Report of the Hyderabad Chloroform Commission
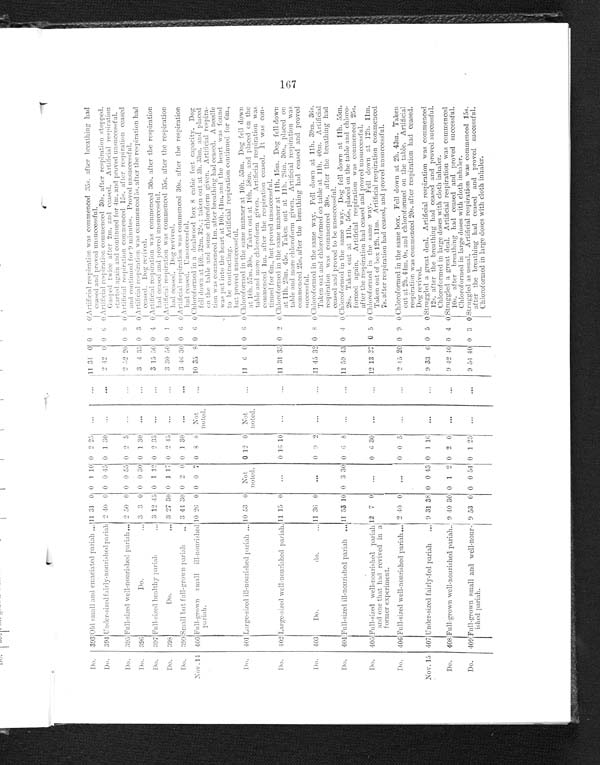
Do.
393
Old small and emaciated pariah . . . 11 31 0 0 1 10 0 2 25
. . .
. . .
11 34 0 0 4 0 Artificial respiration was commenced 35s. after breathing had
ceased and proved unsuccessful.
Do.
394 Under-sized fairly-nourished pariah 2 40 0 0 0 45 0 1 30
. . .
. . .
2 42 0 0 6 0 Artificial respiration commenced 30s. after respiration stopped.
Gasped twice after 2m. and ceased. Artificial respiration
started again and continued for 4m. and proved unsuccessful.
Do. 395 Full-sized well-nourished pariah . . . 2 50 0 0 0 55 0 2 5 . . .
. . .
2 52 20 0 9 0 Artificial respiration commenced 15s. after respiration ration ceased
and continued for 9 minutes. Proved unsuccessful.
Do. 396
Do . . .
3 3 0 0 0 30 0 1 30
. . .
. . .
3 4 35 0 3 0 Artificial respiration was commenced 5s. after the respiration had
ceased. Dog revived.
Do.
3 9 7 Full-sized healthy pariah . . .
3 12 45 0 1 12 0 2 35
. . .
. . .
3 15 50 0 4 0 Artificial respiration was commenced 30s. after the respiration
had ceased and proved unsuccessful.
Do.
398
Do . . .
3 27 30 0 1 17 0 2
4 5
. . .
. . .
3 30 50 0 1 0 Artificial respiration was commenced 35s. after the respiration
had ceased. Dog revived.
Do. 399 Small but full-grown pariah . . .
3 44 30 0 2
0 0 1 30
. . .
. . .
3 46 30 0 6 0 Artificial respiration was commenced 30s. after the respiration
had ceased. Unsuccessful.
Nov. 14 400 Full-grown small ill-nourished
pariah.
10 26 0 0 0 7 0
8 8 Not
noted.
. . . 10 35 8 0 6 0 Chloroformed in a deal wood box 8 cubic feet capacity. Dog
fell down at 10h.32m. 32s.; taken out at 3h. 33m. and placed
on the table and some chloroform given. Artificial respira-
tion was commenced 1m. after breathing had ceased. A needle
was put into the heart at 10h.41m. and the heart was found
to be contracting. Artificial respiration continued for 6m.,
but proved unsuccessful.
Do. 401 Large-sized ill-nourished pariah . . . 10 53 0 Not
noted.
0 12 0
N o t
noted.
. . .
1 1
0 0 6 0 Chloroformed in the same manner at 10h. 53m. Dog fell down
at 10h. 57m. 30s. Taken out at 10h. 58m. and placed on the
table and more chloroform given. Artificial respiration was
commenced 1m. after the respiration ceased. It was con-
tinued for 6m., but proved unsuccessful.
Do. 402 Large-sized well-nourished pariah. 11. 15 0
. . .
0 1 6 10
. . .
. . .
11 31 35 0 2 0 Chloroformed in the same manner at 11h. 15m. Dog fell down
at 11h. 23m. 45s. Taken out at 11h. 26m. 30s., placed on
table
more and chloroform given. Artificial respiration was
commenced 25s. after the breathing had ceased and proved
successful.
Do. 403
Do.
do . . .
11 36 0
. . .
0
9
2
. . .
. . .
11 45 32 0 8 0 Chloroformed in the same way. Fell down at 11h. 39m. 36s.
Taken out and chloroformed on table at 11h. 40m. Artificial
respiration was commenced 30s. after the breathing had
ceased and proved to be unsuccessful.
Do.
404 Full-sized ill-nourished pariah . . . 11 53 10 0 3 30 0 6 8
. . .
. . .
11 59 43 0 4 0 Chloroformed in the same way. Dog fell down at 11h. 55m.
28s. Taken out at 11h. 56s. placed on the table and chloro-
formed again. Artificial respiration was commenced 25s.
after the respiration had ceased and proved unsuccessful.
Do.
405 Full-sized well-nourished pariah
and one that had revived in a
former experiment.
12 7
0 . . .
0
6 30
. . .
. . .
12 13 37 0 5 0 Chloroformed in the same way. Fell down at 12h. 11m.
Taken out of box 12h. 11m. Artificial respiration commenced
7 s. after respiration had ceased, and proved unsuccessful.
Do.
406 Full-sized well-nourished pariah . . . 2 .40 0
. . .
0 0 5 . . .
. . .
2 15 20 0 9 0 Chloroformed in the same box. Fell down at 2h. 43m. Taken
out at 2h. 44m. 0s. and chloroformed on the table. Artificial
respiration was commenced 20s. after respiration had ceased.
Dog revived.
407
Nov. 15
Under-sized fairly-fed pariah
. . . 9 31 38 0 0 43 0 1 16 . . .
. . .
9 33 6 0 5 0 Struggled a great deal. Artificial respiration was commenced
12s. after the breathing had ceased and proved successful.
Chloroformed in large doses with cloth inhaler.
Do.
408 Full-grown well-nourished pariah . . . 9 40 30 0 1 2 0 2 0
. . .
. . .
9 42 40 0 4 0 Struggled a great deal. Artificial respiration was commenced
10s. after breathing had ceased and proved successful.
Chloroformed in large doses with cloth inhaler.
Do.
409 Full-grown small and well-nour-
ished pariah.
9 53 0 0 0
5 4 0 1 2 5
. . .
. . .
9 54 40 0 3
0
Struggled as usual. Artificial respiration was commenced 15s.
after the breathing had ceased and proved successful.
Chloroformed in large doses with cloth inhaler.